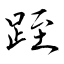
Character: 跮